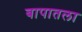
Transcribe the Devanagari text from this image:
बापातला